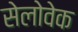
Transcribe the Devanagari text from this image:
सेलोवेक